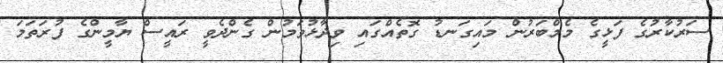
ސަރުކާރުގެ ފަޅީގެ މެމްބަރުން މައިގަނޑު ގޮތެއްގައި ވިދާޅުވަމުން ގެންދެވީ ރައީސް ޔާމީންގެ ފުރަތަމަ